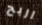
اربح